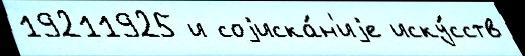
19211925 и соjиска́н'иjе иску́сств